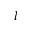
l